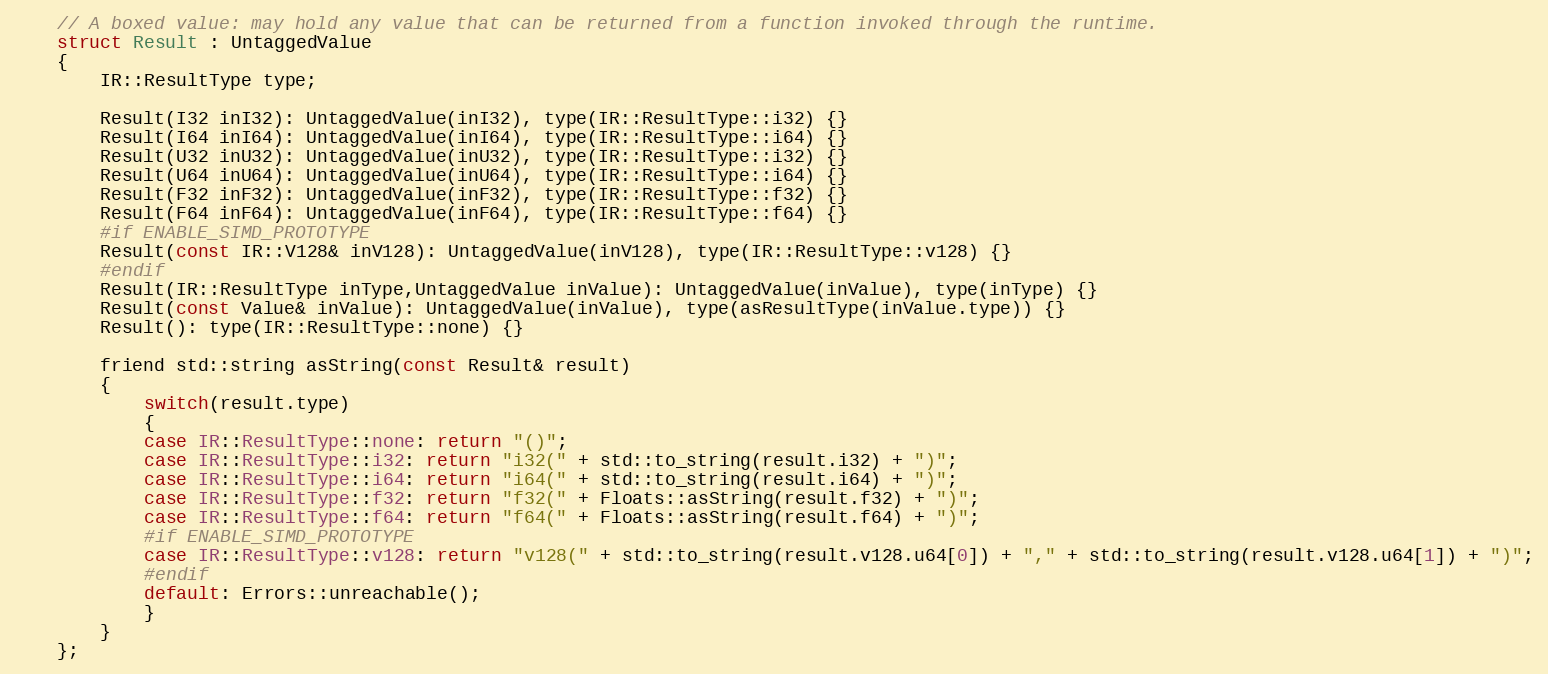
Language: C
	// A boxed value: may hold any value that can be returned from a function invoked through the runtime.
	struct Result : UntaggedValue
	{
		IR::ResultType type;

		Result(I32 inI32): UntaggedValue(inI32), type(IR::ResultType::i32) {}
		Result(I64 inI64): UntaggedValue(inI64), type(IR::ResultType::i64) {}
		Result(U32 inU32): UntaggedValue(inU32), type(IR::ResultType::i32) {}
		Result(U64 inU64): UntaggedValue(inU64), type(IR::ResultType::i64) {}
		Result(F32 inF32): UntaggedValue(inF32), type(IR::ResultType::f32) {}
		Result(F64 inF64): UntaggedValue(inF64), type(IR::ResultType::f64) {}
		#if ENABLE_SIMD_PROTOTYPE
		Result(const IR::V128& inV128): UntaggedValue(inV128), type(IR::ResultType::v128) {}
		#endif
		Result(IR::ResultType inType,UntaggedValue inValue): UntaggedValue(inValue), type(inType) {}
		Result(const Value& inValue): UntaggedValue(inValue), type(asResultType(inValue.type)) {}
		Result(): type(IR::ResultType::none) {}

		friend std::string asString(const Result& result)
		{
			switch(result.type)
			{
			case IR::ResultType::none: return "()";
			case IR::ResultType::i32: return "i32(" + std::to_string(result.i32) + ")";
			case IR::ResultType::i64: return "i64(" + std::to_string(result.i64) + ")";
			case IR::ResultType::f32: return "f32(" + Floats::asString(result.f32) + ")";
			case IR::ResultType::f64: return "f64(" + Floats::asString(result.f64) + ")";
			#if ENABLE_SIMD_PROTOTYPE
			case IR::ResultType::v128: return "v128(" + std::to_string(result.v128.u64[0]) + "," + std::to_string(result.v128.u64[1]) + ")";
			#endif
			default: Errors::unreachable();
			}
		}
	};